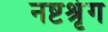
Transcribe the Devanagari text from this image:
नष्टश्रृंग